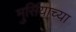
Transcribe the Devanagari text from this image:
मुर्सियाच्या